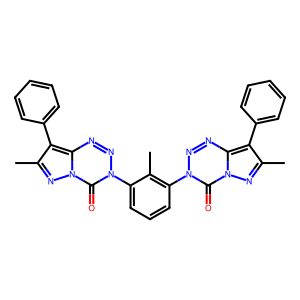
SMILES: Cc1nn2c(=O)n(-c3cccc(-n4nnc5c(-c6ccccc6)c(C)nn5c4=O)c3C)nnc2c1-c1ccccc1
Inhibits HIV replication: No